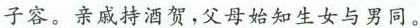
子容。亲戚持酒贺，父母始知生女与男同。